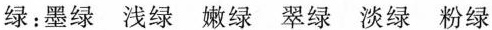
绿：墨绿 浅绿 嫩绿 翠绿 淡绿 粉绿